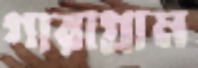
গারাগ্রাম